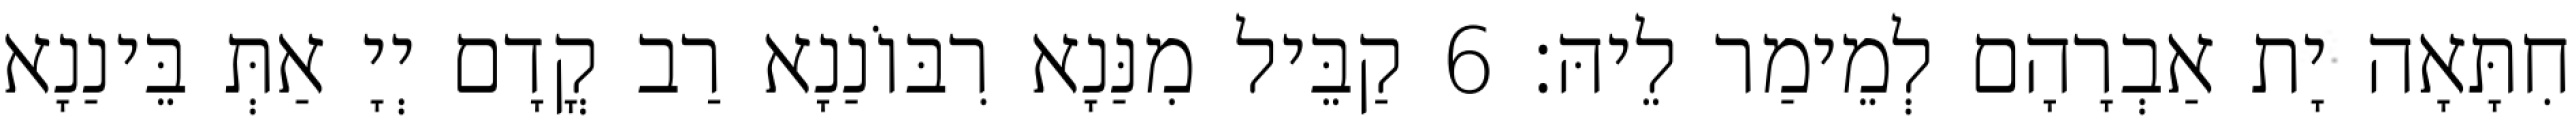
חִתָּאָה יָת אַבְרָהָם לְמֵימַר לֵיהּ׃ 6 קַבֵּיל מִנַּנָא רִבּוֹנַנָא רַב קֳדָם יְיָ אַתְּ בֵּינַנָא